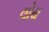
લોય